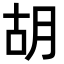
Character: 胡